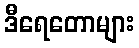
ဒီရေတောများ